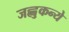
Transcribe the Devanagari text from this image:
जह्नुकन्ये